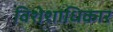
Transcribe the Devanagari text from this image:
विशेशाधिकार